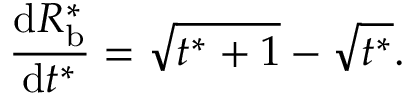
\frac { \mathrm { d } R _ { \mathrm { b } } ^ { * } } { \mathrm { d } t ^ { * } } = \sqrt { t ^ { * } + 1 } - \sqrt { t ^ { * } } .